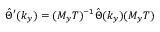
\hat { \Theta } ^ { \prime } ( k _ { y } ) = ( M _ { y } T ) ^ { - 1 } \hat { \Theta } ( k _ { y } ) ( M _ { y } T )